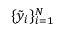
\{ \tilde { y } _ { i } \} _ { i = 1 } ^ { N }